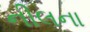
નીલના